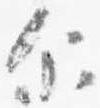
示